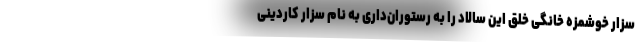
سزار خوشمزه خانگی خلق این سالاد را به رستوران‌داری به نام سزار کاردینی